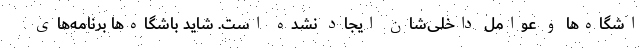
اشگاه‌ها و عوامل داخلی‌شان ایجاد نشده است. شاید باشگاه‌ها برنامه‌های